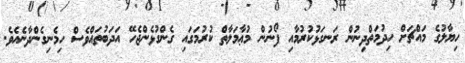
ހިޔާލުގެ މައްޗަށް ހިދުމަތްދިނުން ރަނގަޅުކުރުމާއި ފޯނުން މުޢާމަލާތް ކުރުމަގައި ގެންގުޅެންޖެހޭ އަދަބުތައްވެސް ހިމެނިގެންދާނެއެވެ.